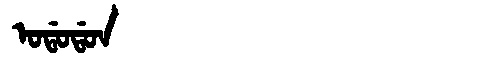
Manchu: ᠣᡩᠣᡩᠣᠨ
Romanization: ODODON